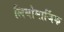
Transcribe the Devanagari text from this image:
लिथोमार्जिक